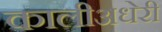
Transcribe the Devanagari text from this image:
कालीअधेरी